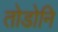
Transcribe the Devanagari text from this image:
तोडोनि